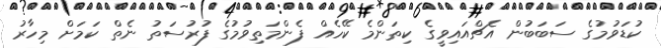
ކުޑަވުމުގެ ސަބަބުން އެޗްއައިވީގެ ކިތަންމެ ކޭހެއް ފެންމަތިވުމުގެ ފުރުސަތު ނެތް ކަމަށް މިހާރު